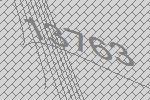
13763